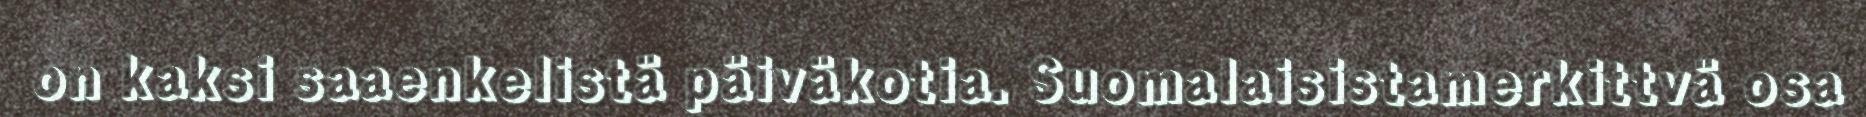
on kaksi saaenkelistä päiväkotia. Suomalaisistamerkittvä osa